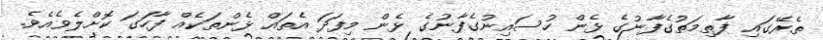
ތެރޭގައި ފާތިމަތުގެފާނުގެ ޅެން ހުސައިނުގެފާނުގެ ޅެން މިފަދަ އެތައް ޅެންތަކެއް ފާހަގަ ކޮށްލެވެއެވެ.